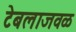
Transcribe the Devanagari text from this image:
टेबलाजवळ